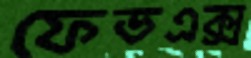
ফেডএক্স